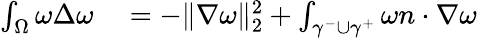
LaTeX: \begin{array}{rl}{\int_{\Omega}\omega\Delta\omega}&{{}=-\| \nabla\omega\| _{2}^{2}+\int_{\gamma^{-}\cup\gamma^{+}}\omega n\cdot\nabla\omega}\end{array}